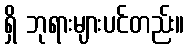
ရှိ ဘုရားများပင်တည်း။